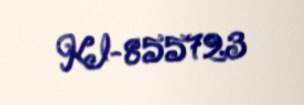
KI-855723